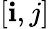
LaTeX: [\mathbf{i},j]